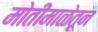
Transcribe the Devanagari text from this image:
मोतीमाळेतून